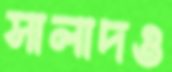
সালাদও